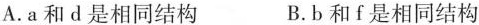
A. a和d是相同结构 B. b和f是相同结构